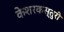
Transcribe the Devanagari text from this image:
केशरकस्तुरी